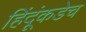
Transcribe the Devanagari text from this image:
हिंदूंकडेच